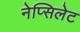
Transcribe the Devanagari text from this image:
नेप्सिलेट